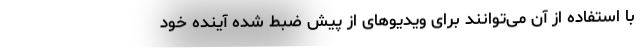
با استفاده از آن می‌توانند برای ویدیوهای از پیش ضبط شده آینده خود